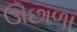
ઊછાળા